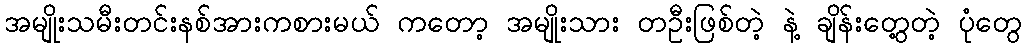
အမျိုးသမီးတင်းနစ်အားကစားမယ် ကတော့ အမျိုးသား တဦးဖြစ်တဲ့ နဲ့ ချိန်းတွေ့တဲ့ ပုံတွေ